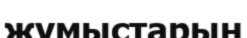
жумыстарын